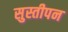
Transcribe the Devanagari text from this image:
सुस्तीपन